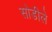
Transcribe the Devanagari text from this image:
सोडीले